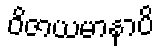
ဝိဇာယမာနာပိ